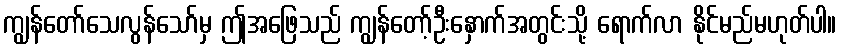
ကျွန်တော်သေလွန်သော်မှ ဤအဖြေသည် ကျွန်တော့်ဦးနှောက်အတွင်းသို့ ရောက်လာ နိုင်မည်မဟုတ်ပါ။